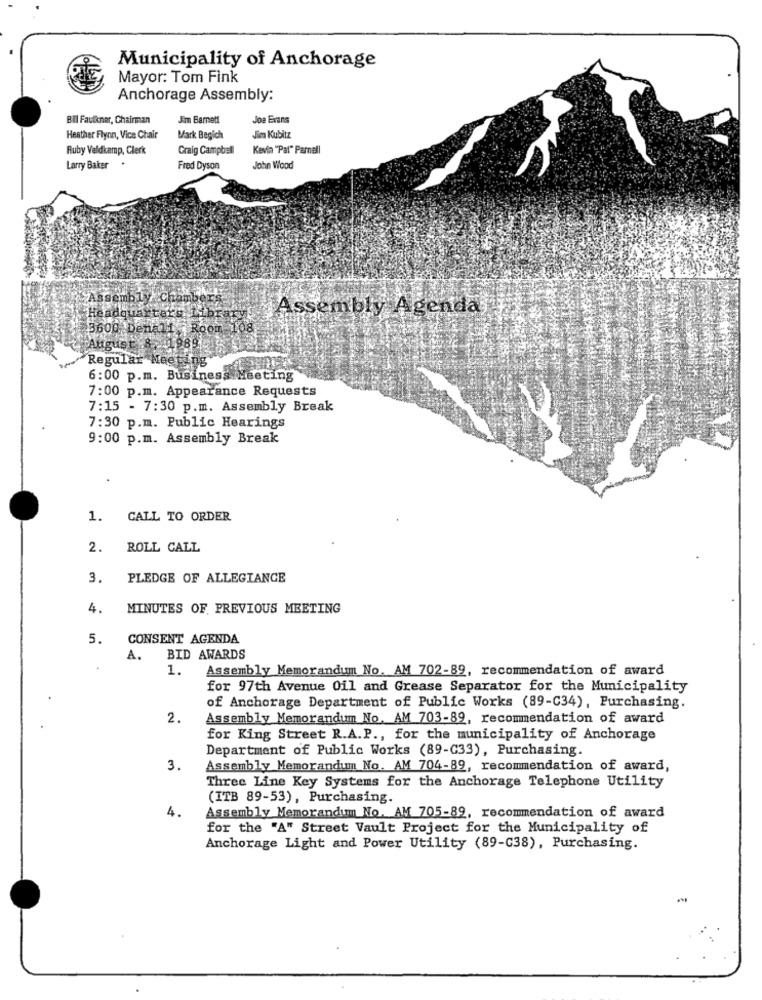
Municipality of Anchorage
Mayor: Tom Fink
Anchorage Assembly:
Bil Faulkner, Chairman
Jim Barnett
Joe Evans
Heather Flynn, Vice Chair
Mark Begich
Jim Kubitz
Ruby Veldkamp, Clerk
Craig Campbell
Kevin "Pal" Parnell
Larry Baker
Fred Dyson
John Wood
Assembly Chambers
Assembly Agenda,
Headquarters Library!
3600 Denali Room 108
41989
August
Regular Meeting
6:00 p.m. Business Meeting
7:00 p.m. Appearance Requests
7:15 - 7:30 p.m. Assembly Break
7:30 p.m. Public Hearings
9:00 p.m. Assembly Break
1.
CALL TO ORDER
2.
ROLL CALL
3. PLEDGE OF ALLEGIANCE
4.
MINUTES OF PREVIOUS MEETING
5.
CONSENT AGENDA
A. BID AWARDS
1.
Assembly Memorandum No. AM 702-89, recommendation of award
for 97th Avenue Oil and Grease Separator for the Municipality
of Anchorage Department of Public Works (89-C34), Purchasing.
2.
Assembly Memorandum No. AM 703-89, recommendation of award
for King Street R.A.P ., for the municipality of Anchorage
Department of Public Works (89-G33), Purchasing.
3.
Assembly Memorandum No. AM 704-89, recommendation of award,
Three Line Key Systems for the Anchorage Telephone Utility
(ITB 89-53), Purchasing.
4.
Assembly Memorandum No. AM 705-89, recommendation of award
for the "A" Street Vault Project for the Municipality of
Anchorage Light and Power Utility (89-C38), Purchasing.